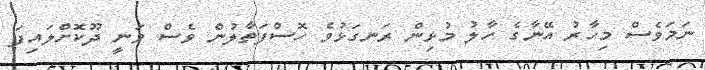
ނަމަވެސް މިހާރު އޭނާގެ ހާލު މުޅިން ރަނގަޅުވެ ހޮސްފަތާލުން ވެސް ވަނީ ދޫކޮށްލައިފަ